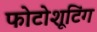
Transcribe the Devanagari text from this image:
फोटोशूटिंग